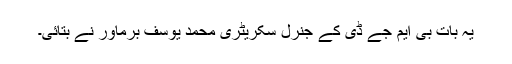
یہ بات بی ایم جے ڈی کے جنرل سکریٹری محمد یوسف برماور نے بتائی۔